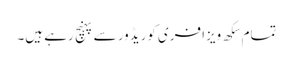
تمام سِکھ ویزا فری کوریڈور سے پہنچ رہے ہیں۔